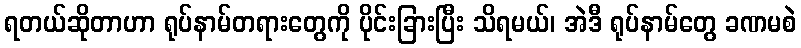
ရတယ်ဆိုတာဟာ ရုပ်နာမ်တရားတွေကို ပိုင်းခြားပြီး သိရမယ်၊ အဲဒီ ရုပ်နာမ်တွေ ခဏမစဲ